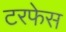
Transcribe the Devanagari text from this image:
टरफेस